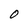
Character: 0